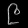
Digit: ၉